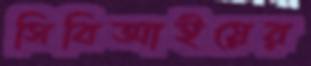
সিবিআইয়ের